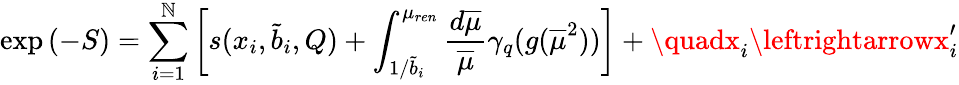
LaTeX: \exp{(-S)}=\sum_{i=1}^{\mathbb{N}}\left[s(x_{i},\tilde{{b}}_{i},Q)+\int_{1/\tilde{{b}}_{i}}^{\mu_{ren}}\frac{{d\overline{{{{\mu}}}}}}{{\overline{{{{\mu}}}}}}\gamma_{q}(g(\overline{{{{\mu}}}}^{2}))\right]+\quadx_{i}\leftrightarrowx_{i}^{\prime}